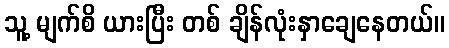
သူ့ မျက်စိ ယားပြီး တစ် ချိန်လုံးနှာချေနေတယ်။